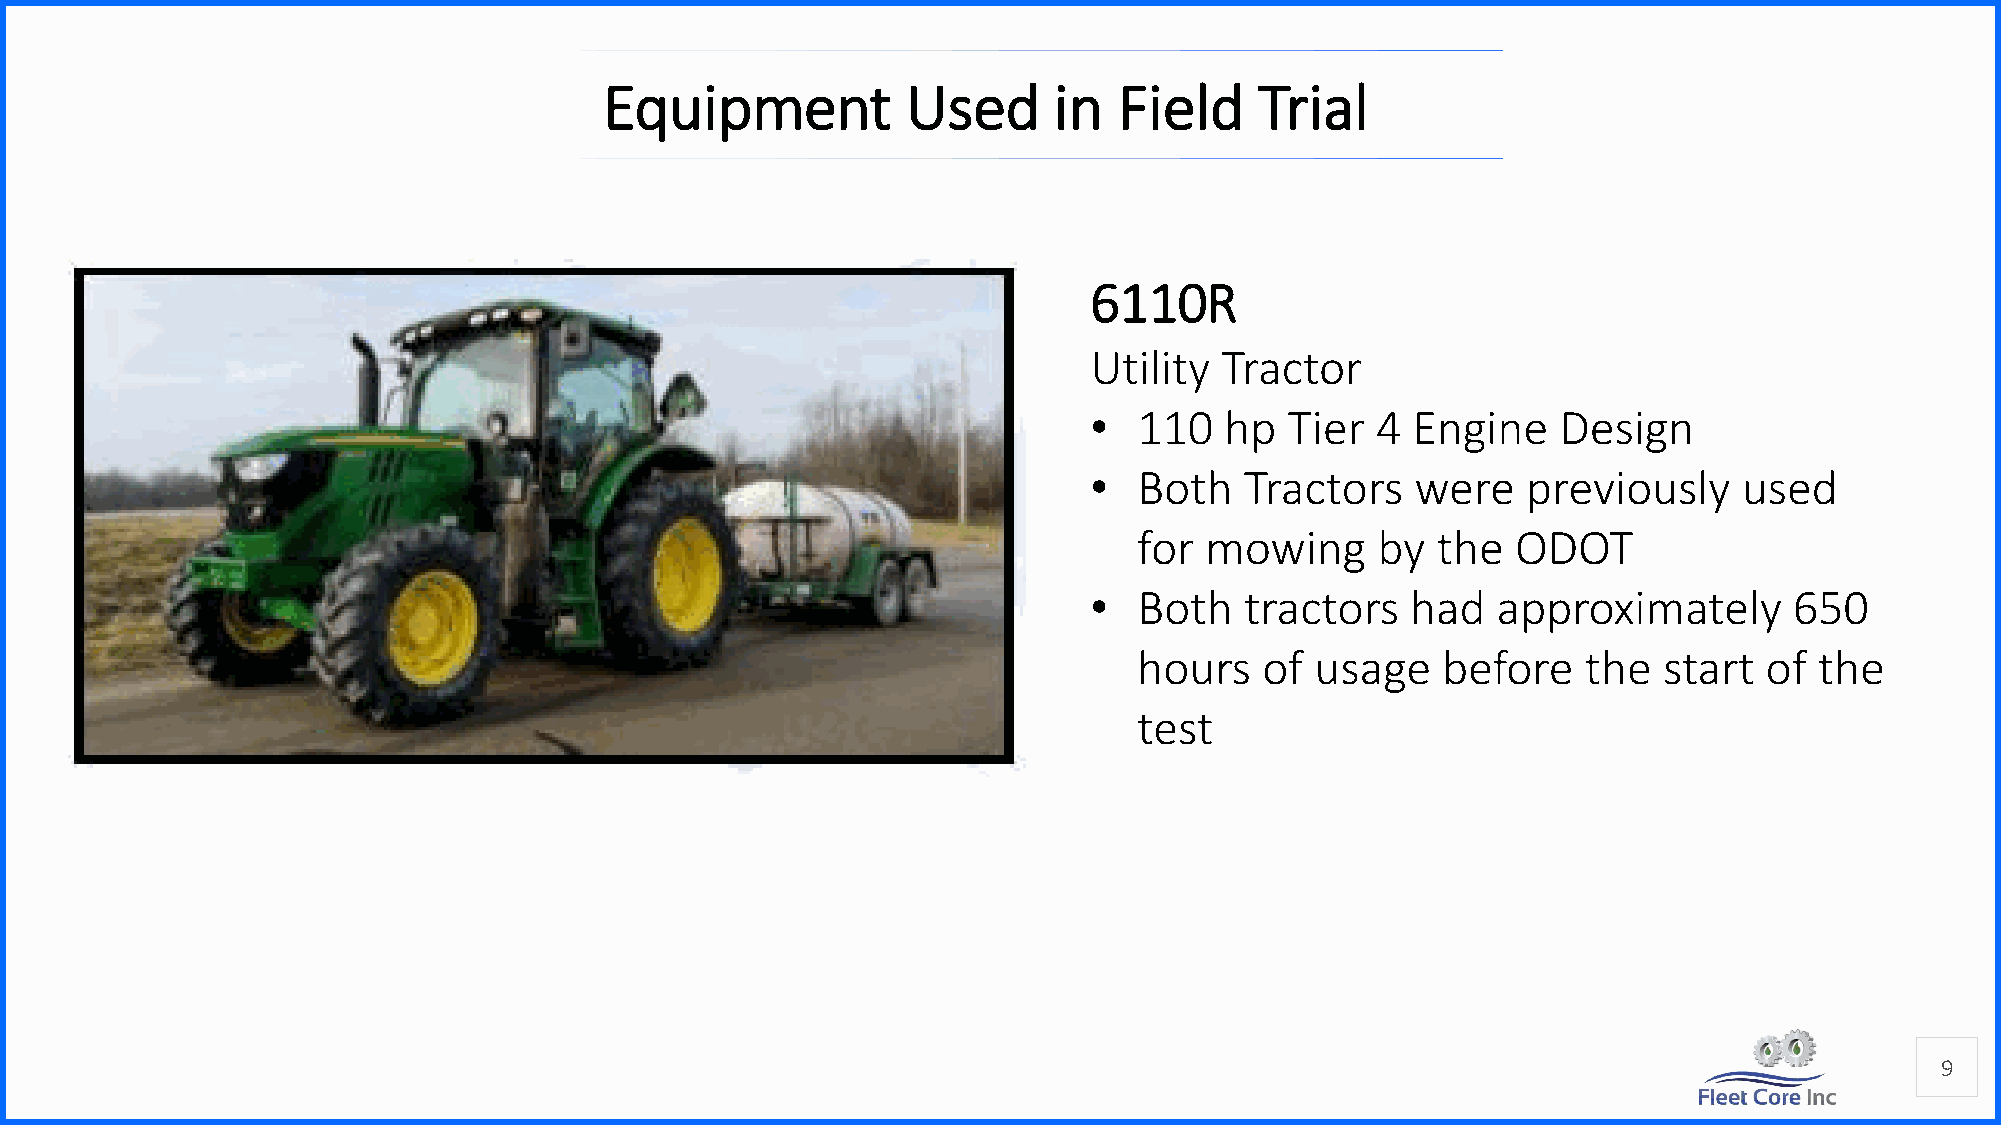
Equipment           Used      in  Field    Trial
 6110R
 Utility  Tractor
 •  110   hp  Tier  4 Engine    Design
 •  Both   Tractors    were   previously    used
 for  mowing     by  the  ODOT
 •  Both   tractors   had   approximately       650
 hours    of usage   before    the  start  of the
 test
 9